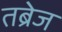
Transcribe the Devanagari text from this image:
तब्रेज